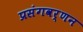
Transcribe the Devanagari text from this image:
प्रसंगवर्णन